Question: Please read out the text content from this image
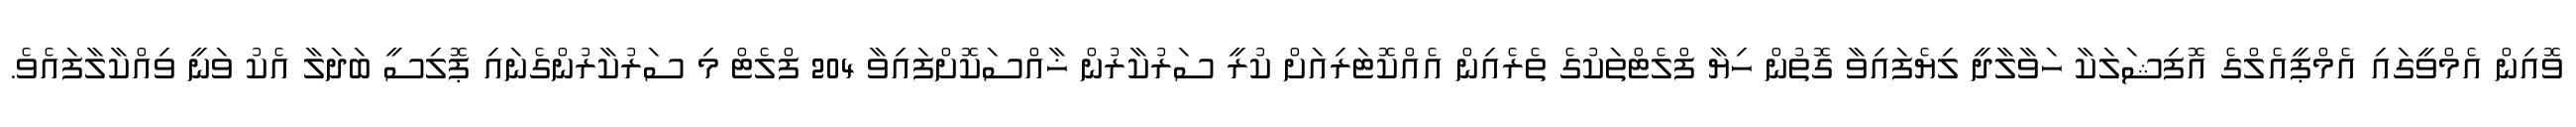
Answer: ވޮއިން އެމްވީގައި އެމްޕީއެލްގެ އޮފިޝަލަކާ ހަވާލާދީ ލިޔެފައިވާ ގޮތުން ހިޔާ ފްލެޓްތަކުގެ ތެރެއިން އެއްކޮޓަރިއަށް ކުރީ ސަރުކާރުން ޚާއްސަކޮށްފައިވާ 204 ފްލެޓް މި ސަރުކާރުންގެނައި ޕޮލިސީ ބަދަލާ އެކު ވަނީ ވިއްކާލާފައެވެ.